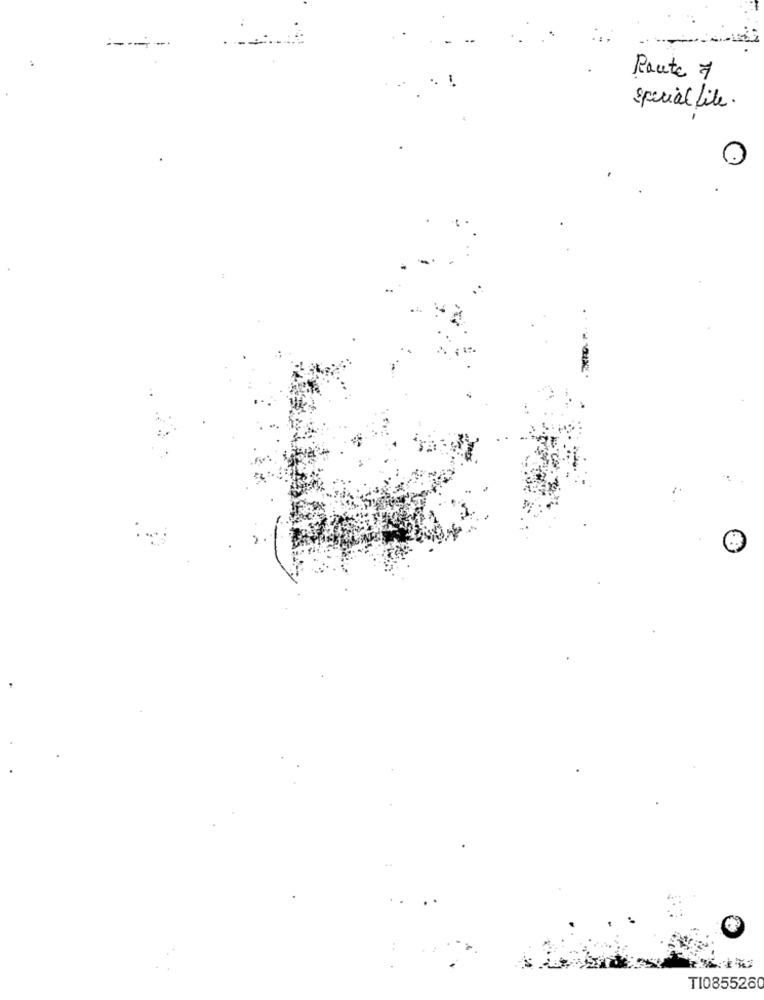
------
Route 7
special file.
TI0855260